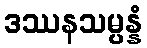
ဒဿနသမ္ပန္နံ